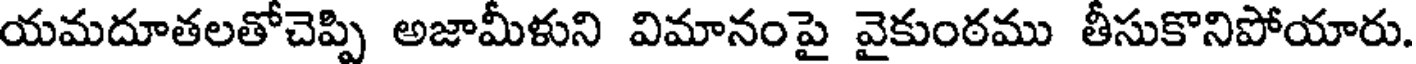
యమదూతలతోచెప్పి అజామీళుని విమానంపై వైకుంఠము తీసుకొనిపోయారు.